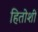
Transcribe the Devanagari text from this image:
हितोशी